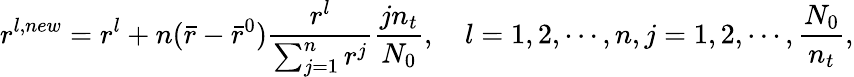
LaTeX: r^{l,new}=r^{l}+n(\bar{r}-\bar{r}^{0})\frac{r^{l}}{\sum_{j=1}^{n}r^{j}}\frac{jn_{t}}{N_{0}},\quad l=1,2,\cdots,n,j=1,2,\cdots,\frac{N_{0}}{n_{t}},